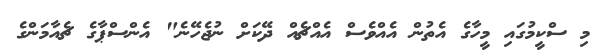
މި ސްކީމުގައި މީހާގެ އެތުން އެއްވެސް އެއްޗެއް ދޭކަށް ނުޖެހޭނެ" އެންސްޕާގެ ޗެއާމަންގެ